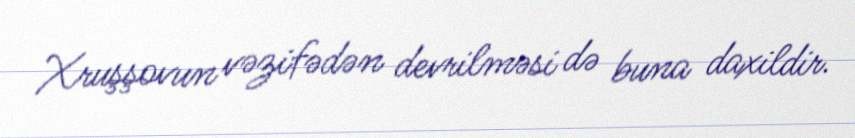
Xruşşovun vəzifədən devrilməsi də buna daxildir.